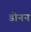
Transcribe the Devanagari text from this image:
डोनन